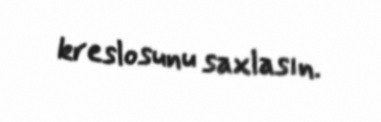
kreslosunu saxlasın.